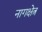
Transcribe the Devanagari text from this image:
नागक्षेत्र